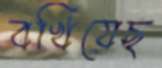
বখিয়েছ